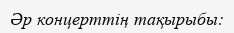
Әр концерттің тақырыбы: